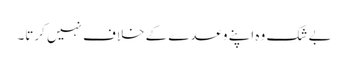
بے شک وہ اپنے وعدے کے خلاف نہیں کرتا۔